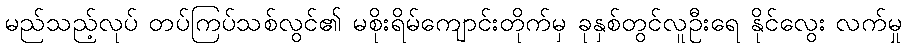
မည်သည့်လုပ် တပ်ကြပ်သစ်လွင်၏ မစိုးရိမ်ကျောင်းတိုက်မှ ခုနှစ်တွင်လူဦးရေ နိုင်လွေး လက်မှု